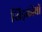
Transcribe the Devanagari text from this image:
खिड़कीयों